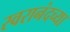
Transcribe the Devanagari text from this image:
स्वरानंदच्या